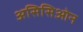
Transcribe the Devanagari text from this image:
असिसिओन